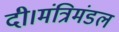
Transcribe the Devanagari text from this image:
दी।मंत्रिमंडल